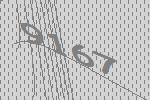
9167